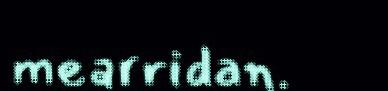
mearridan.